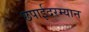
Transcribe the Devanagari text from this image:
छपाईदरम्यान